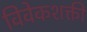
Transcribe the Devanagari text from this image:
विवेकशक्ती